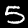
Digit: 5